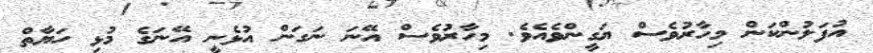
އުފަލުންކަން މިހާރުވެސް ޔަގީންވެއެވެ. މިހާރުވެސް އޭނަ ނަގަން އުޅެނީ އޭނަގެ މުޅި ހަޔާތް